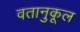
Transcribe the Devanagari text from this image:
वतानुकूल